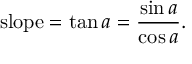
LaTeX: { \mathrm { s l o p e } } = \tan a = { \frac { \sin a } { \cos a } } .